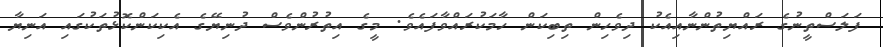
ފަލަސްތީނުގެ ރައްޔިތުންނާއިއެކު ދިވެހިން ތިބިކަން ހާމަކުރައްވާފައެވެ. މީގެ އިތުރުންވެސް ދުނިޔޭގެ އެކިކަންކޮޅުތަކުގައި އަނިޔާ